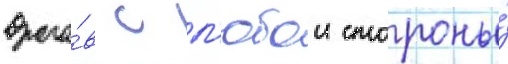
враго́в с л'юбои стороны́